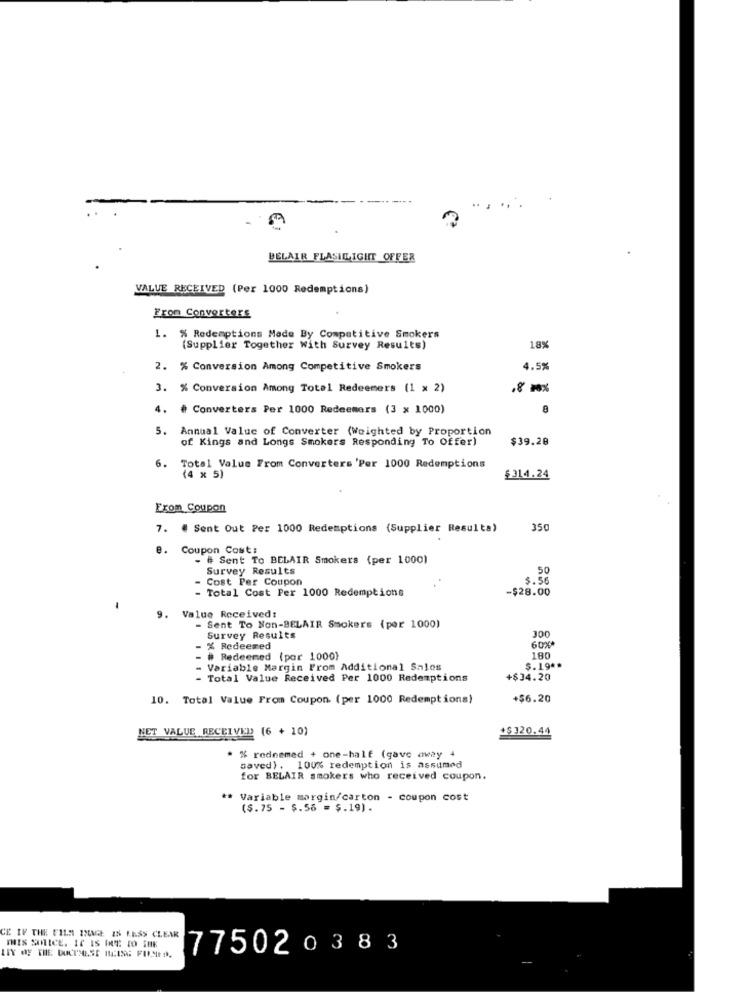
BELAIR FLASHLIGHT OFFER
VALUE RECEIVED (Per 1000 Redemptions)
From Converters
1. % Redemptions Made By Competitive Smokers
(Supplier Together With Survey Results)
18%
2. % Conversion Among Competitive Smokers
4.5%
3. % Conversion Among Total Redeemers (1 x 2)
4. # Converters Per 1000 Redeemers (3 x 1000)
5.
Annual Value of Converter (Weighted by Proportion
of Kings and Longs Smokers Responding To Offer)
$39.28
. Total Value From Converters 'Per 1000 Redemptions
(4 x 5)
$314.24
Exom Coupon
7. # Sent Out Per 1000 Redemptions (Supplier Resulta)
350
e.
Coupon Cost:
- # Sent To BELAIR Smokers (per 1000)
Survey Results
50
Cost Per Coupon
$.56
Total Cost Per 1000 Redemptions
-$28.00
9. Value Received:
- Sent To Non-BELAIR Smokers (per 1000)
300
Survey Results
% Redeemed
60%*
# Redeemed (por 1000)
180
- Variable Margin From Additional Sales
$.19 **
- Total Value Received Per 1000 Redemptions
+$34.20
10. Total Value From Coupon (per 1000 Redemptions)
+$6.20
NET VALUE RECEIVED (6 + 10)
+$120.44
. % rednemed + one-half (gave away 4
saved). 100% redemption is assumed
for BELAIR smokers who received coupon.
Variable margin/carton - coupon cost
(5.75 - $.56 = $.19).
CE IF THE FILM IMAGE IS LESS CLEAR
THIS SLICE. IC IS IT TO THE
775020383